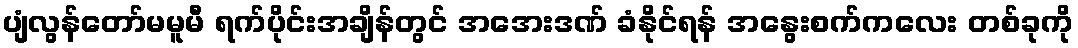
ပျံလွန်တော်မမူမီ ရက်ပိုင်းအချိန်တွင် အအေးဒဏ် ခံနိုင်ရန် အနွေးစက်ကလေး တစ်ခုကို